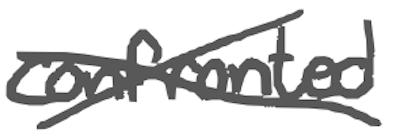
Text: confronted
Cross-out: cross
Writing tool: digital_gray